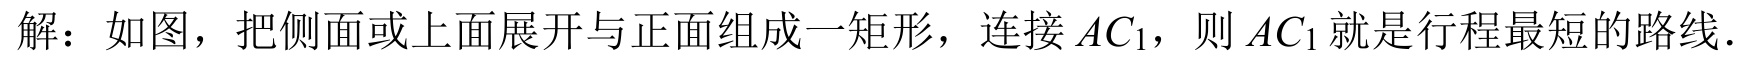
解：如图，把侧面或上面展开与正面组成一矩形，连接 \(AC_{1}\)，则 \(AC_{1}\) 就是行程最短的路线.